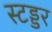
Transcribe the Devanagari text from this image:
स्टड्डर